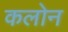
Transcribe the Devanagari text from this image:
कलोन